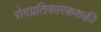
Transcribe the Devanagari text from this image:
रोगप्रतिकारकशक्ती